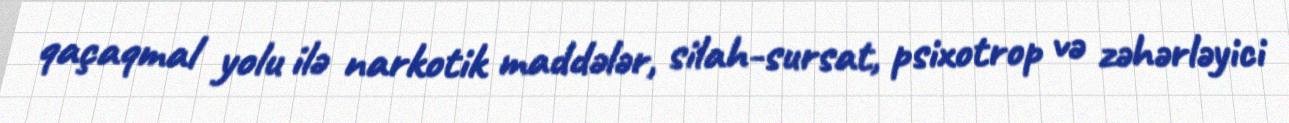
qaçaqmal yolu ilə narkotik maddələr, silah-sursat, psixotrop və zəhərləyici